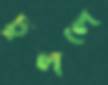
ঢুললে